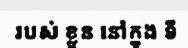
របស់ ខ្លួន នៅក្នុង ទី